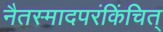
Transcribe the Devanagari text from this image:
नैतस्मादपरंकिंचित्